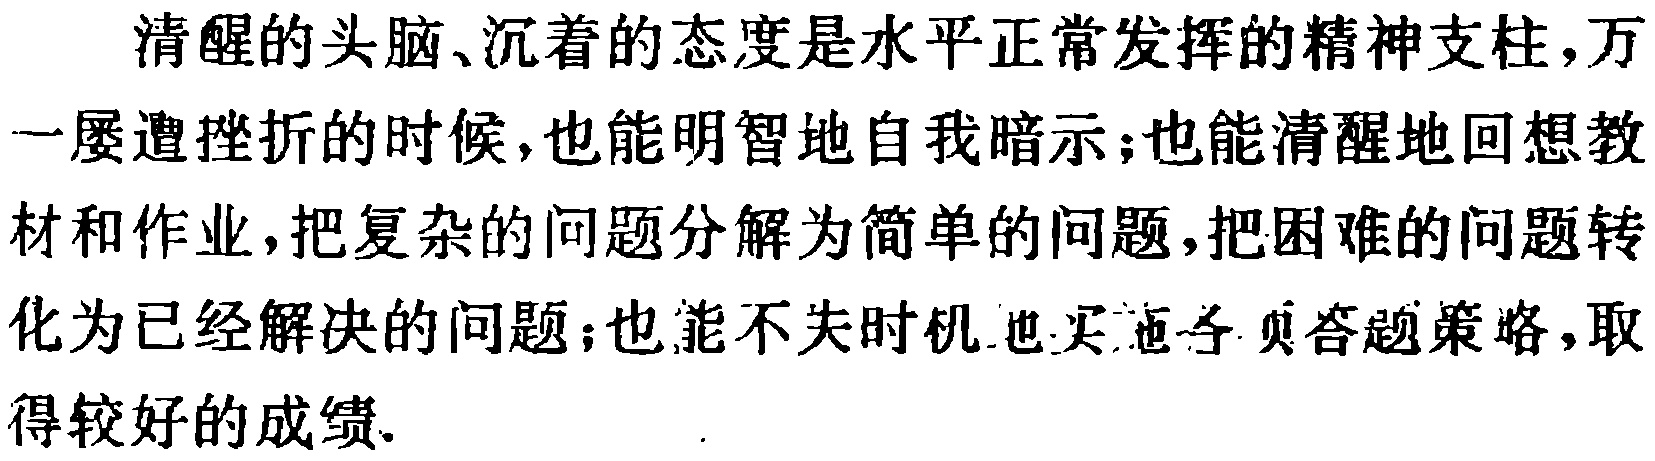
清醒的头脑、沉着的态度是水平正常发挥的精神支柱，万一屡遭挫折的时候，也能明智地自我暗示；也能清醒地回想教材和作业，把复杂的问题分解为简单的问题，把困难的问题转化为已经解决的问题；也能不失时机地选择合适的答题策略，取得较好的成绩.